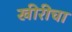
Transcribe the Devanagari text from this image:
खीरीचा